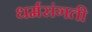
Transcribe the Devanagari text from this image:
धर्मसंगती